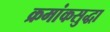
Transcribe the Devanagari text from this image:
क्रमांकसुद्धा